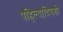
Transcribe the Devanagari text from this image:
पहिल्यादिवशी